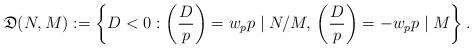
LaTeX: \begin{align*} \mathfrak D(N,M) := \left\lbrace D < 0 : \left(\frac{D}{p}\right) = w_p p \mid N/M, \,\left(\frac{D}{p}\right) = -w_p p \mid M \right\rbrace.\end{align*}